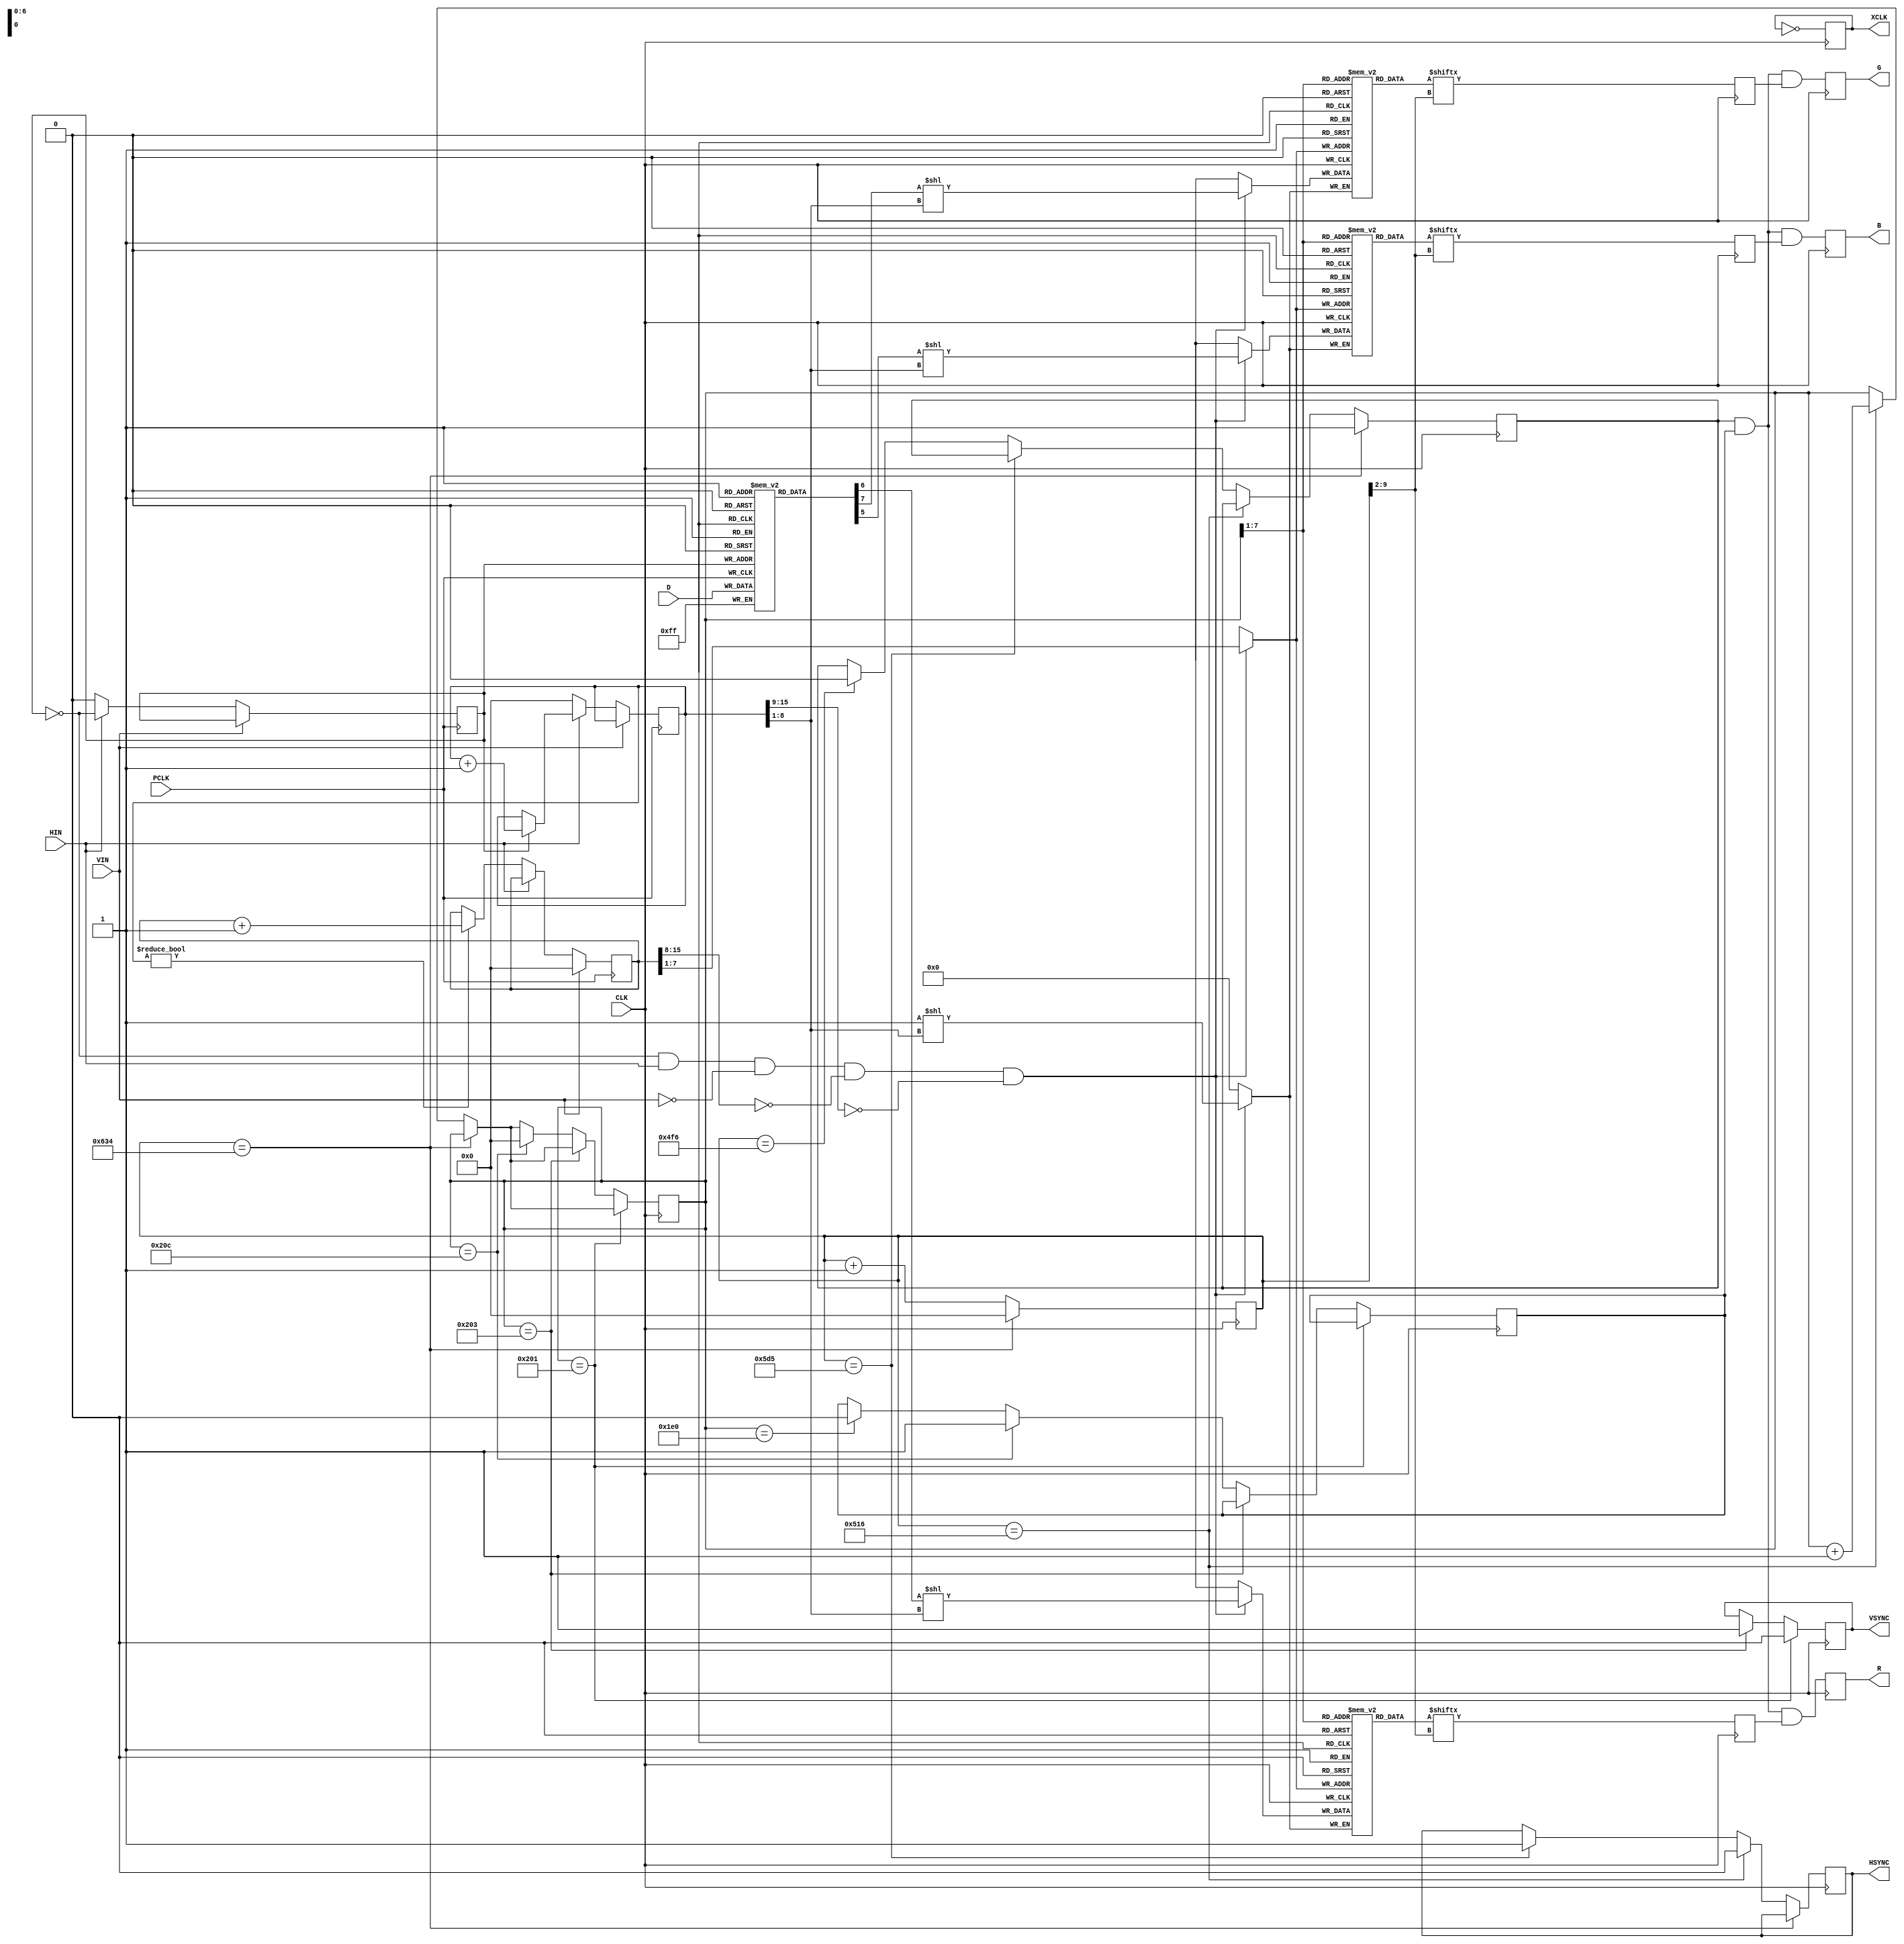
module main(CLK,HSYNC,VSYNC,R,G,B,XCLK,PCLK,D,HIN,VIN);
	input CLK;
	output reg HSYNC;
	output reg VSYNC;
	output reg R;
	output reg G;
	output reg B;
	output reg XCLK;
	input PCLK;
	input [7:0] D;
	input HIN;
	input VIN;
	
	//hsync = 1589
	//pulse = 191
	//vsync = 834150
	//pulse = 3200
	
	reg [15:0] HCNT;
	reg [15:0] VCNT;
	reg drawH;
	reg drawV;
	reg [7:0] CAMDAT [1:0];
	reg BCNT;
	reg [15:0] PXCNT;
	reg [15:0] PVCNT;
	reg [255:0] RDAT [127:0];
	reg [255:0] GDAT [127:0];
	reg [255:0] BDAT [127:0];
	reg CR;
	reg CG;
	reg CB;
	always @(posedge PCLK)begin
		if(VIN)
			PVCNT <= 7'd0;
		else
			if(!HIN)begin
				if(PXCNT != 8'h0)
					PVCNT <= PVCNT + 7'd1;
				BCNT <= 1'b0;
				PXCNT <= 8'h0;
			end else begin
				BCNT <= !BCNT;
				if(BCNT)
					PXCNT <= PXCNT + 8'd1;
			end
		CAMDAT[BCNT] <= D;
	end
	
	always @(negedge CLK) begin
		XCLK <= ~XCLK;
		HCNT <= HCNT + 16'h1;
		if(HCNT == 16'd1588)begin
			HCNT <= 16'h0;
			drawH <= 1'b1;
		end else if(HCNT == 16'd1302)begin
			HSYNC <= 1'b0;
			VCNT <= VCNT + 16'h1;
		end else if(HCNT == 16'd1493)begin
			HSYNC <= 1'b1;
		end else if(HCNT == 16'd1270)begin
			drawH <= 1'b0;
		end
		if(VCNT == 16'd513)begin
			VSYNC <= 1'b0;
		end else if(VCNT == 16'd515)begin
			VSYNC <= 1'b1;
		end else if(VCNT == 16'd524)begin
			drawV <= 1'b1;
			VCNT <= 16'h0;
		end else if(VCNT == 16'd480)begin
			drawV <= 1'b0;
		end
		if(!BCNT && HIN && !VIN && PVCNT[15:8]==0 && PXCNT[15:9]==0) begin		
			RDAT[PVCNT[7:1]][PXCNT[8:1]] <= CAMDAT[1][6];
			GDAT[PVCNT[7:1]][PXCNT[8:1]] <= CAMDAT[1][7];
			BDAT[PVCNT[7:1]][PXCNT[8:1]] <= CAMDAT[1][5];
		end
		CR <= RDAT[VCNT[7:1]][HCNT[9:2]];
		CG <= GDAT[VCNT[7:1]][HCNT[9:2]];
		CB <= BDAT[VCNT[7:1]][HCNT[9:2]];
		R <= drawH && drawV && CR;
		G <= drawH && drawV && CG;
		B <= drawH && drawV && CB;
		
	end 
	
endmodule